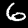
Digit: 6